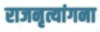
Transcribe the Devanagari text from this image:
राजनृत्यांगना